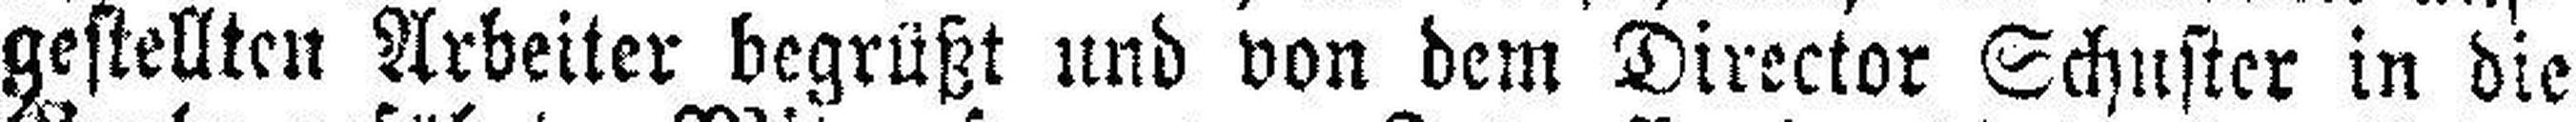
gestellten Arbeiter begrüßt und von dem Director Schuster in die